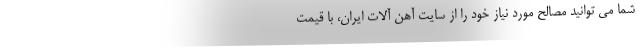
شما می توانید مصالح مورد نیاز خود را از سایت آهن آلات ایران، با قیمت